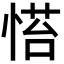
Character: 𢞇